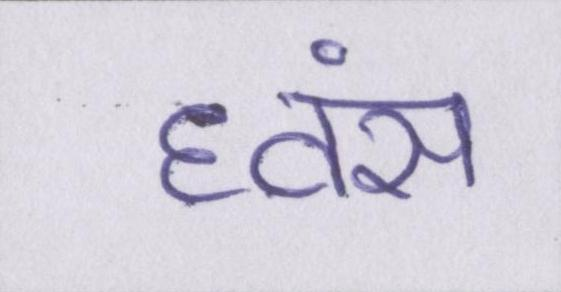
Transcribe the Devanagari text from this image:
ध्वंस